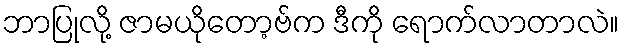
ဘာပြုလို့ ဇာမယိုတော့ဗ်က ဒီကို ရောက်လာတာလဲ။